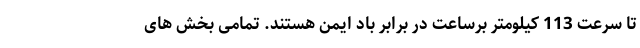
تا سرعت 113 کیلومتر برساعت در برابر باد ایمن هستند. تمامی بخش های